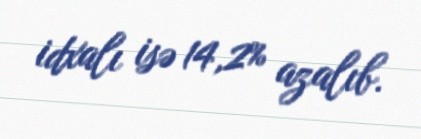
idxalı isə 14,2% azalıb.